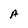
Character: A